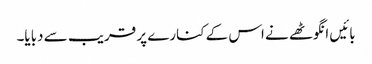
بائیں انگوٹھے نے اس کے کنارے پر قریب سے دبایا۔